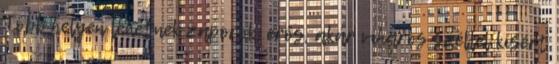
Több helyen lehetnek záporok, erős, akár viharos széllel kísért